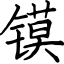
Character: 镆